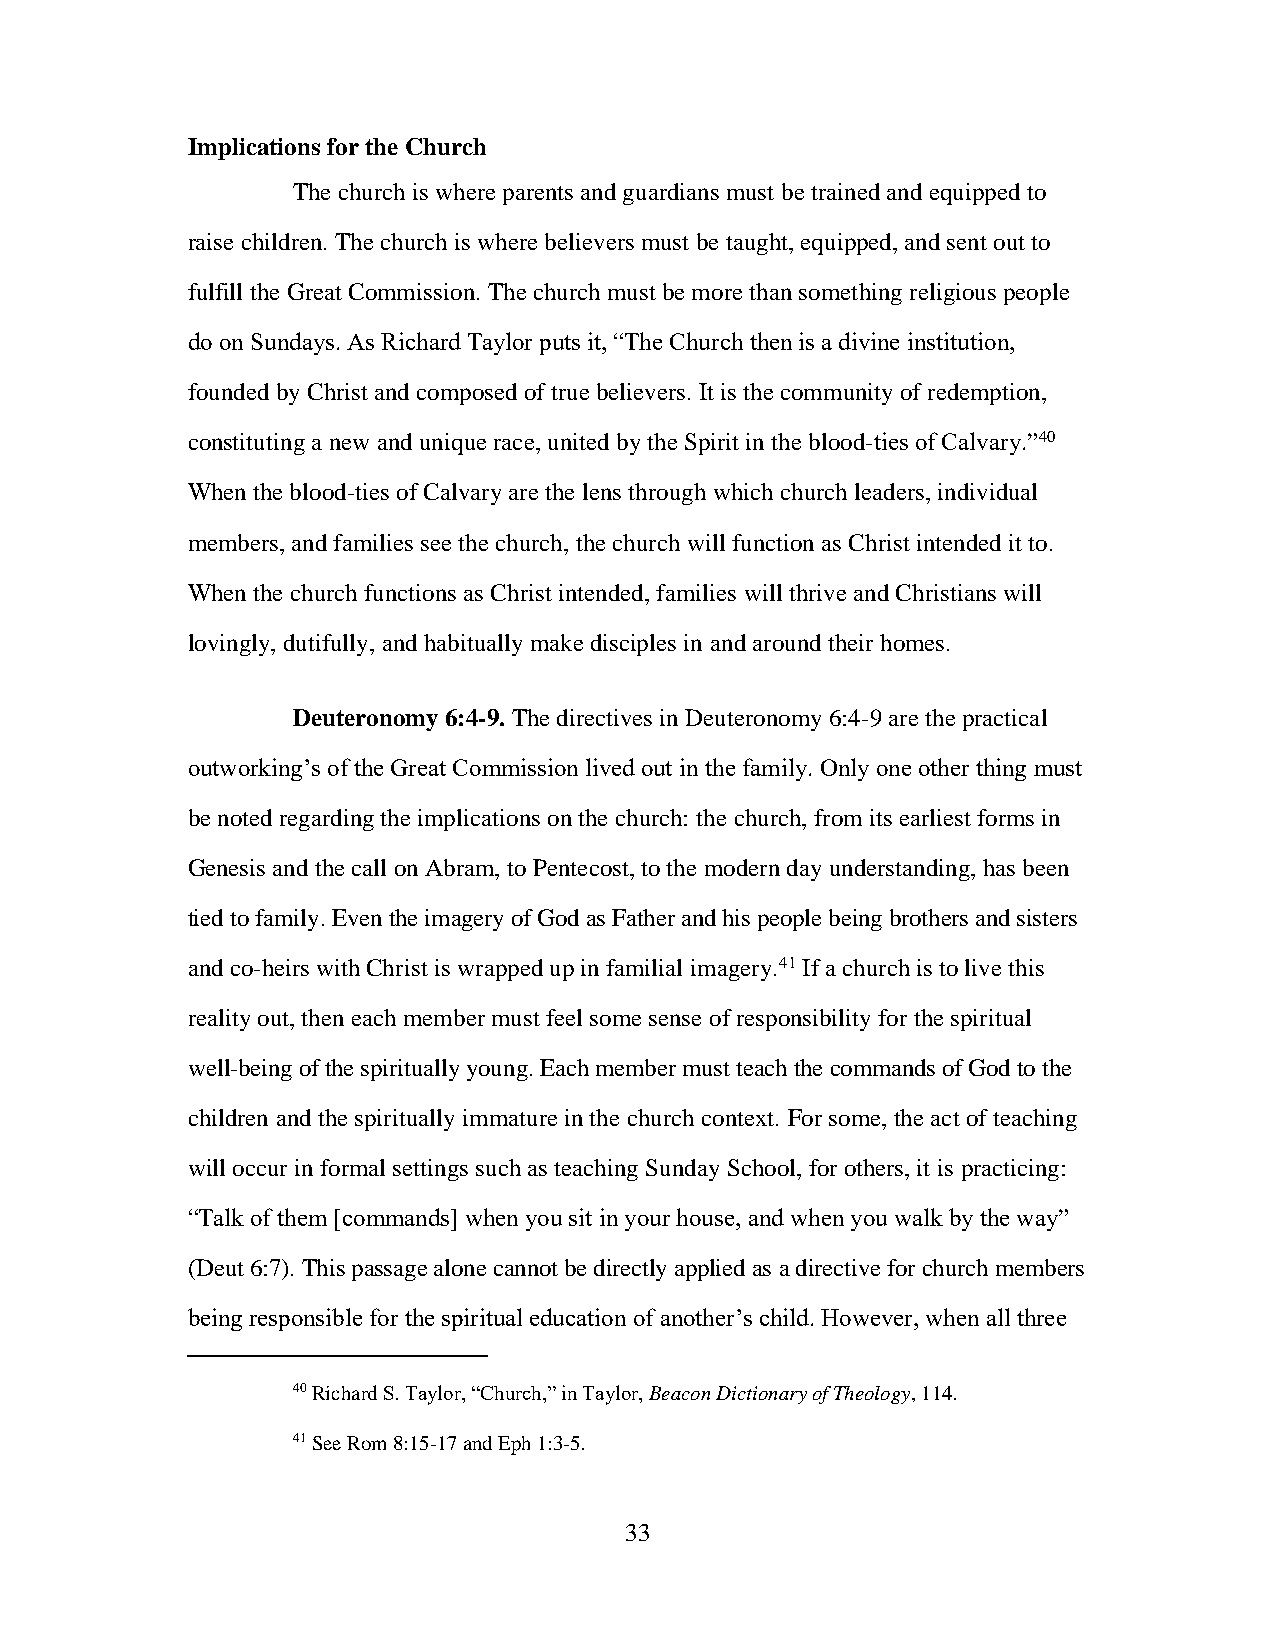
Implications for the Church
 The church is where parents and guardians must be trained and equipped to
 raise children. The church is where believers must be taught, equipped, and sent out to
 fulfill the Great Commission. The church must be more than something religious people
 do on Sundays. As Richard Taylor puts it, “The Church then is a divine institution,
 founded by Christ and composed of true believers. It is the community of redemption,
 constituting a new and unique race, united by the Spirit in the blood-ties of Calvary.”40
 When the blood-ties of Calvary are the lens through which church leaders, individual
 members, and families see the church, the church will function as Christ intended it to.
 When the church functions as Christ intended, families will thrive and Christians will
 lovingly, dutifully, and habitually make disciples in and around their homes.
 Deuteronomy 6:4-9. The directives in Deuteronomy 6:4-9 are the practical
 outworking’s of the Great Commission lived out in the family. Only one other thing must
 be noted regarding the implications on the church: the church, from its earliest forms in
 Genesis and the call on Abram, to Pentecost, to the modern day understanding, has been
 tied to family. Even the imagery of God as Father and his people being brothers and sisters
 and co-heirs with Christ is wrapped up in familial imagery.41 If a church is to live this
 reality out, then each member must feel some sense of responsibility for the spiritual
 well-being of the spiritually young. Each member must teach the commands of God to the
 children and the spiritually immature in the church context. For some, the act of teaching
 will occur in formal settings such as teaching Sunday School, for others, it is practicing:
 “Talk of them [commands] when you sit in your house, and when you walk by the way”
 (Deut 6:7). This passage alone cannot be directly applied as a directive for church members
 being responsible for the spiritual education of another’s child. However, when all three
 40 Richard S. Taylor, “Church,” in Taylor, Beacon Dictionary of Theology, 114.
 41 See Rom 8:15-17 and Eph 1:3-5.
 33